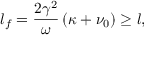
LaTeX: l _ { f } = \frac { 2 \gamma ^ { 2 } } { \omega } \left( \kappa + \nu _ { 0 } \right) \geq l ,